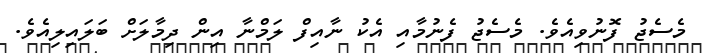
މެސެޖު ފޮނުވިއެވެ. މެސެޖު ފެނުމާއި އެކު ނާއިފް ލަމްނާ އިން ދިމާލަށް ބަލައިލިއެވެ.